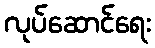
လုပ်ဆောင်ရေး